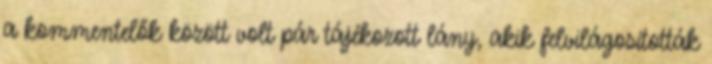
a kommentelők között volt pár tájékozott lány, akik felvilágosították